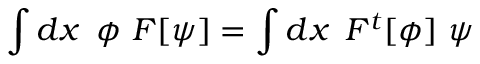
\int d x \, \, \, \phi \, \, F [ \psi ] = \int d x \, \, \, F ^ { t } [ \phi ] \, \, \psi